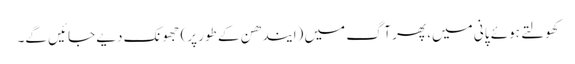
کھولتے ہوئے پانی میں، پھر آگ میں (ایندھن کے طور پر) جھونک دیے جائیں گے۔